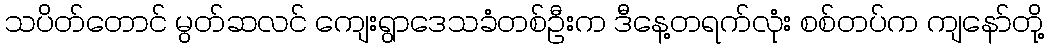
သပိတ်တောင် မွတ်ဆလင် ကျေးရွာဒေသခံတစ်ဦးက ဒီနေ့တရက်လုံး စစ်တပ်က ကျနော်တို့